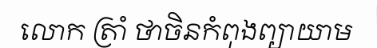
លោក ត្រាំ ថាចិនកំពុងព្យាយាម